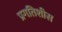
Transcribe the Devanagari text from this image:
प्रगतिशीस